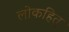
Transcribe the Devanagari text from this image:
लोकहित्